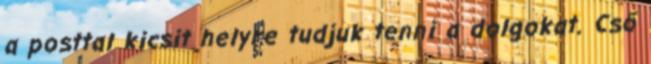
a posttal kicsit helyre tudjuk tenni a dolgokat. Cső